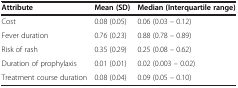
| Attribute | Mean (SD) | Median (Interquartile range) |
 | --- | --- | --- |
 | Cost | 0.08 (0.05) | 0.06 (0.03 – 0.12) |
 | Fever duration | 0.76 (0.23) | 0.88 (0.78 – 0.89) |
 | Risk of rash | 0.35 (0.29) | 0.25 (0.08 – 0.62) |
 | Duration of prophylaxis | 0.01 (0.01) | 0.02 (0.003 – 0.02) |
 | Treatment course duration | 0.08 (0.04) | 0.09 (0.05 – 0.10) |